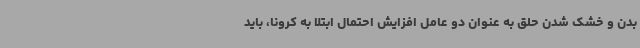
بدن و خشک شدن حلق به عنوان دو عامل افزایش احتمال ابتلا به کرونا، باید